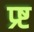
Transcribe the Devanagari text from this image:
प्र्ष्ट